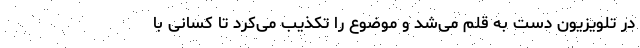
در تلویزیون دست به قلم می‌شد و موضوع را تکذیب می‌کرد تا کسانی با